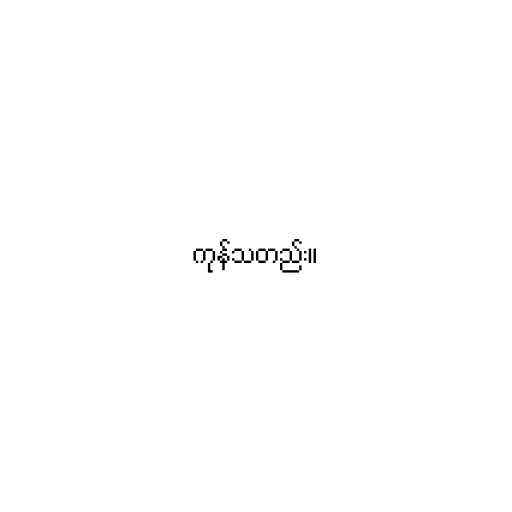
ကုန်သတည်း။